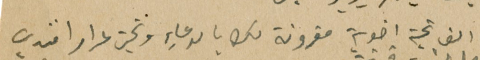
الف تحية اخوية مقرونة لك بالدعاءِ وتحية لمرار افندي